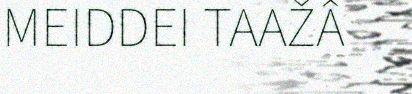
MEIDDEI TAAŽÂ